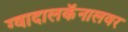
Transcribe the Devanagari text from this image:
ग्वादालकॅनालवर